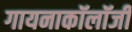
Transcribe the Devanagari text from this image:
गायनाकॉलॉजी